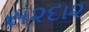
સ૨દા૨